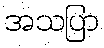
အသပြာ